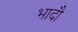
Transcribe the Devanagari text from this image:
भादौ